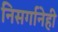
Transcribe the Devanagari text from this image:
निसर्गानेही